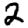
Digit: 2